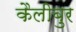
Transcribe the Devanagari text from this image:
कैलीबुर